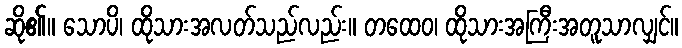
ဆို၏။ သောပိ၊ ထိုသားအလတ်သည်လည်း။ တထေဝ၊ ထိုသားအကြီးအတူသာလျှင်။